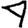
Digit: 4